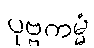
ပုဗ္ဗကမ္မံ